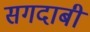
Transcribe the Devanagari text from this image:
सगदाबी